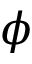
\phi